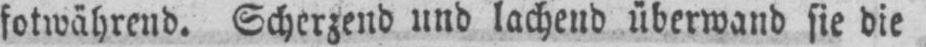
fotwährend. Scherzend und lachend überwand sie die